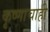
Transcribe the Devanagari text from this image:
कृष्णाचाही